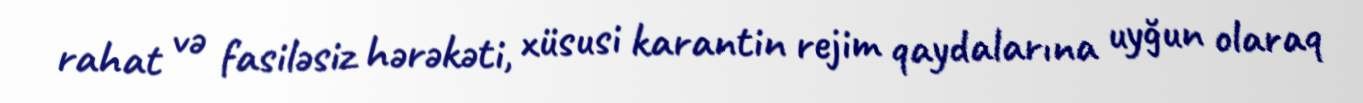
rahat və fasiləsiz hərəkəti, xüsusi karantin rejim qaydalarına uyğun olaraq